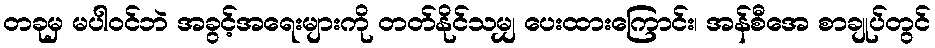
တခုမှ မပါဝင်ဘဲ အခွင့်အရေးများကို တတ်နိုင်သမျှ ပေးထားကြောင်း၊ အန်စီအေ စာချုပ်တွင်